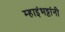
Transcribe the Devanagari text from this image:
म्हाइंभट्टांनी